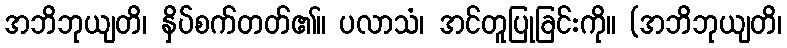
အဘိဘုယျတိ၊ နှိပ်စက်တတ်၏။ ပလာသံ၊ အင်တူပြုခြင်းကို။ (အဘိဘုယျတိ၊